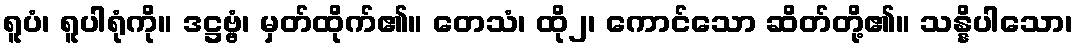
ရူပံ၊ ရူပါရုံကို။ ဒဋ္ဌဗ္ဗံ၊ မှတ်ထိုက်၏။ တေသံ၊ ထို၂၊ ကောင်သော ဆိတ်တို့၏။ သန္နိပါသော၊